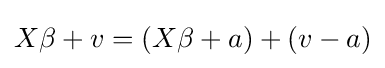
X\beta +v=(X\beta +a)+(v-a)